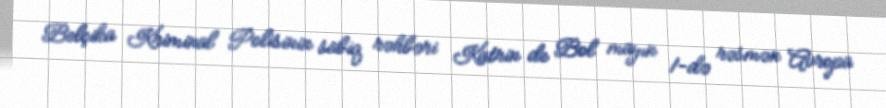
Belçika Kriminal Polisinin sabiq rəhbəri Katrin de Bol mayın 1-də rəsmən Avropa